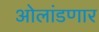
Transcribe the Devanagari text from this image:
ओलांडणार